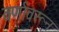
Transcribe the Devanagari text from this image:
वर्णावरून